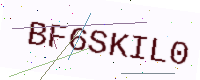
Text: BF6SKIL0